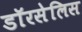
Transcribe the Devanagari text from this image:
डॉरसेलिस